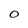
Character: 0